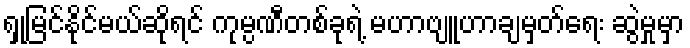
ရှုမြင်နိုင်မယ်ဆိုရင် ကုမ္ပဏီတစ်ခုရဲ့ မဟာဗျူဟာချမှတ်ရေး ဆွဲမှုမှာ